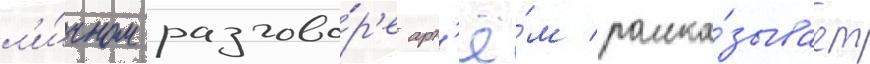
л'и́чном разгово́р'е арт'ё́м расска́зывает